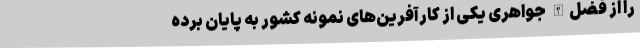
را از فضل‌الله جواهری یکی از کارآفرین‌‌های نمونه کشور به پایان برده